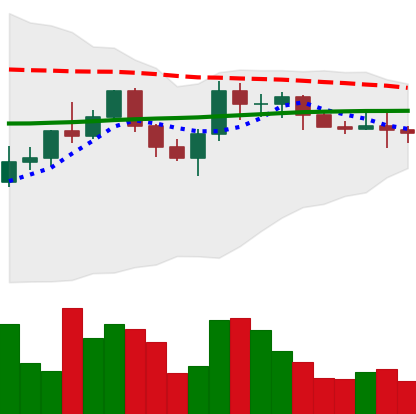
Ticker: XMR-USD
Chart end date: 2022-06-08
Forward return: -29.15%
Label: down_7plus